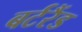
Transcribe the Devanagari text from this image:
बर्टरैंड